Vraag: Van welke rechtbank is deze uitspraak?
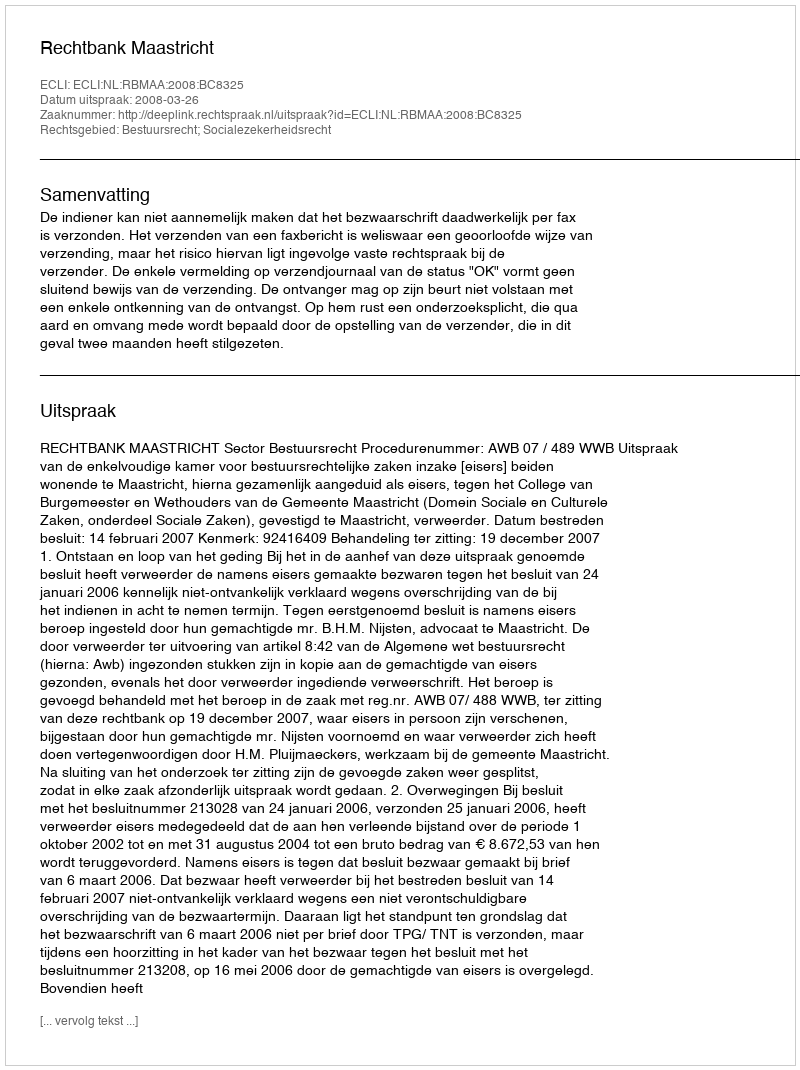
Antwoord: Rechtbank Maastricht